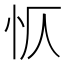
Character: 𭜔